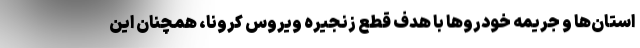
استان‌ها و جریمه خودروها با هدف قطع زنجیره ویروس کرونا، همچنان این